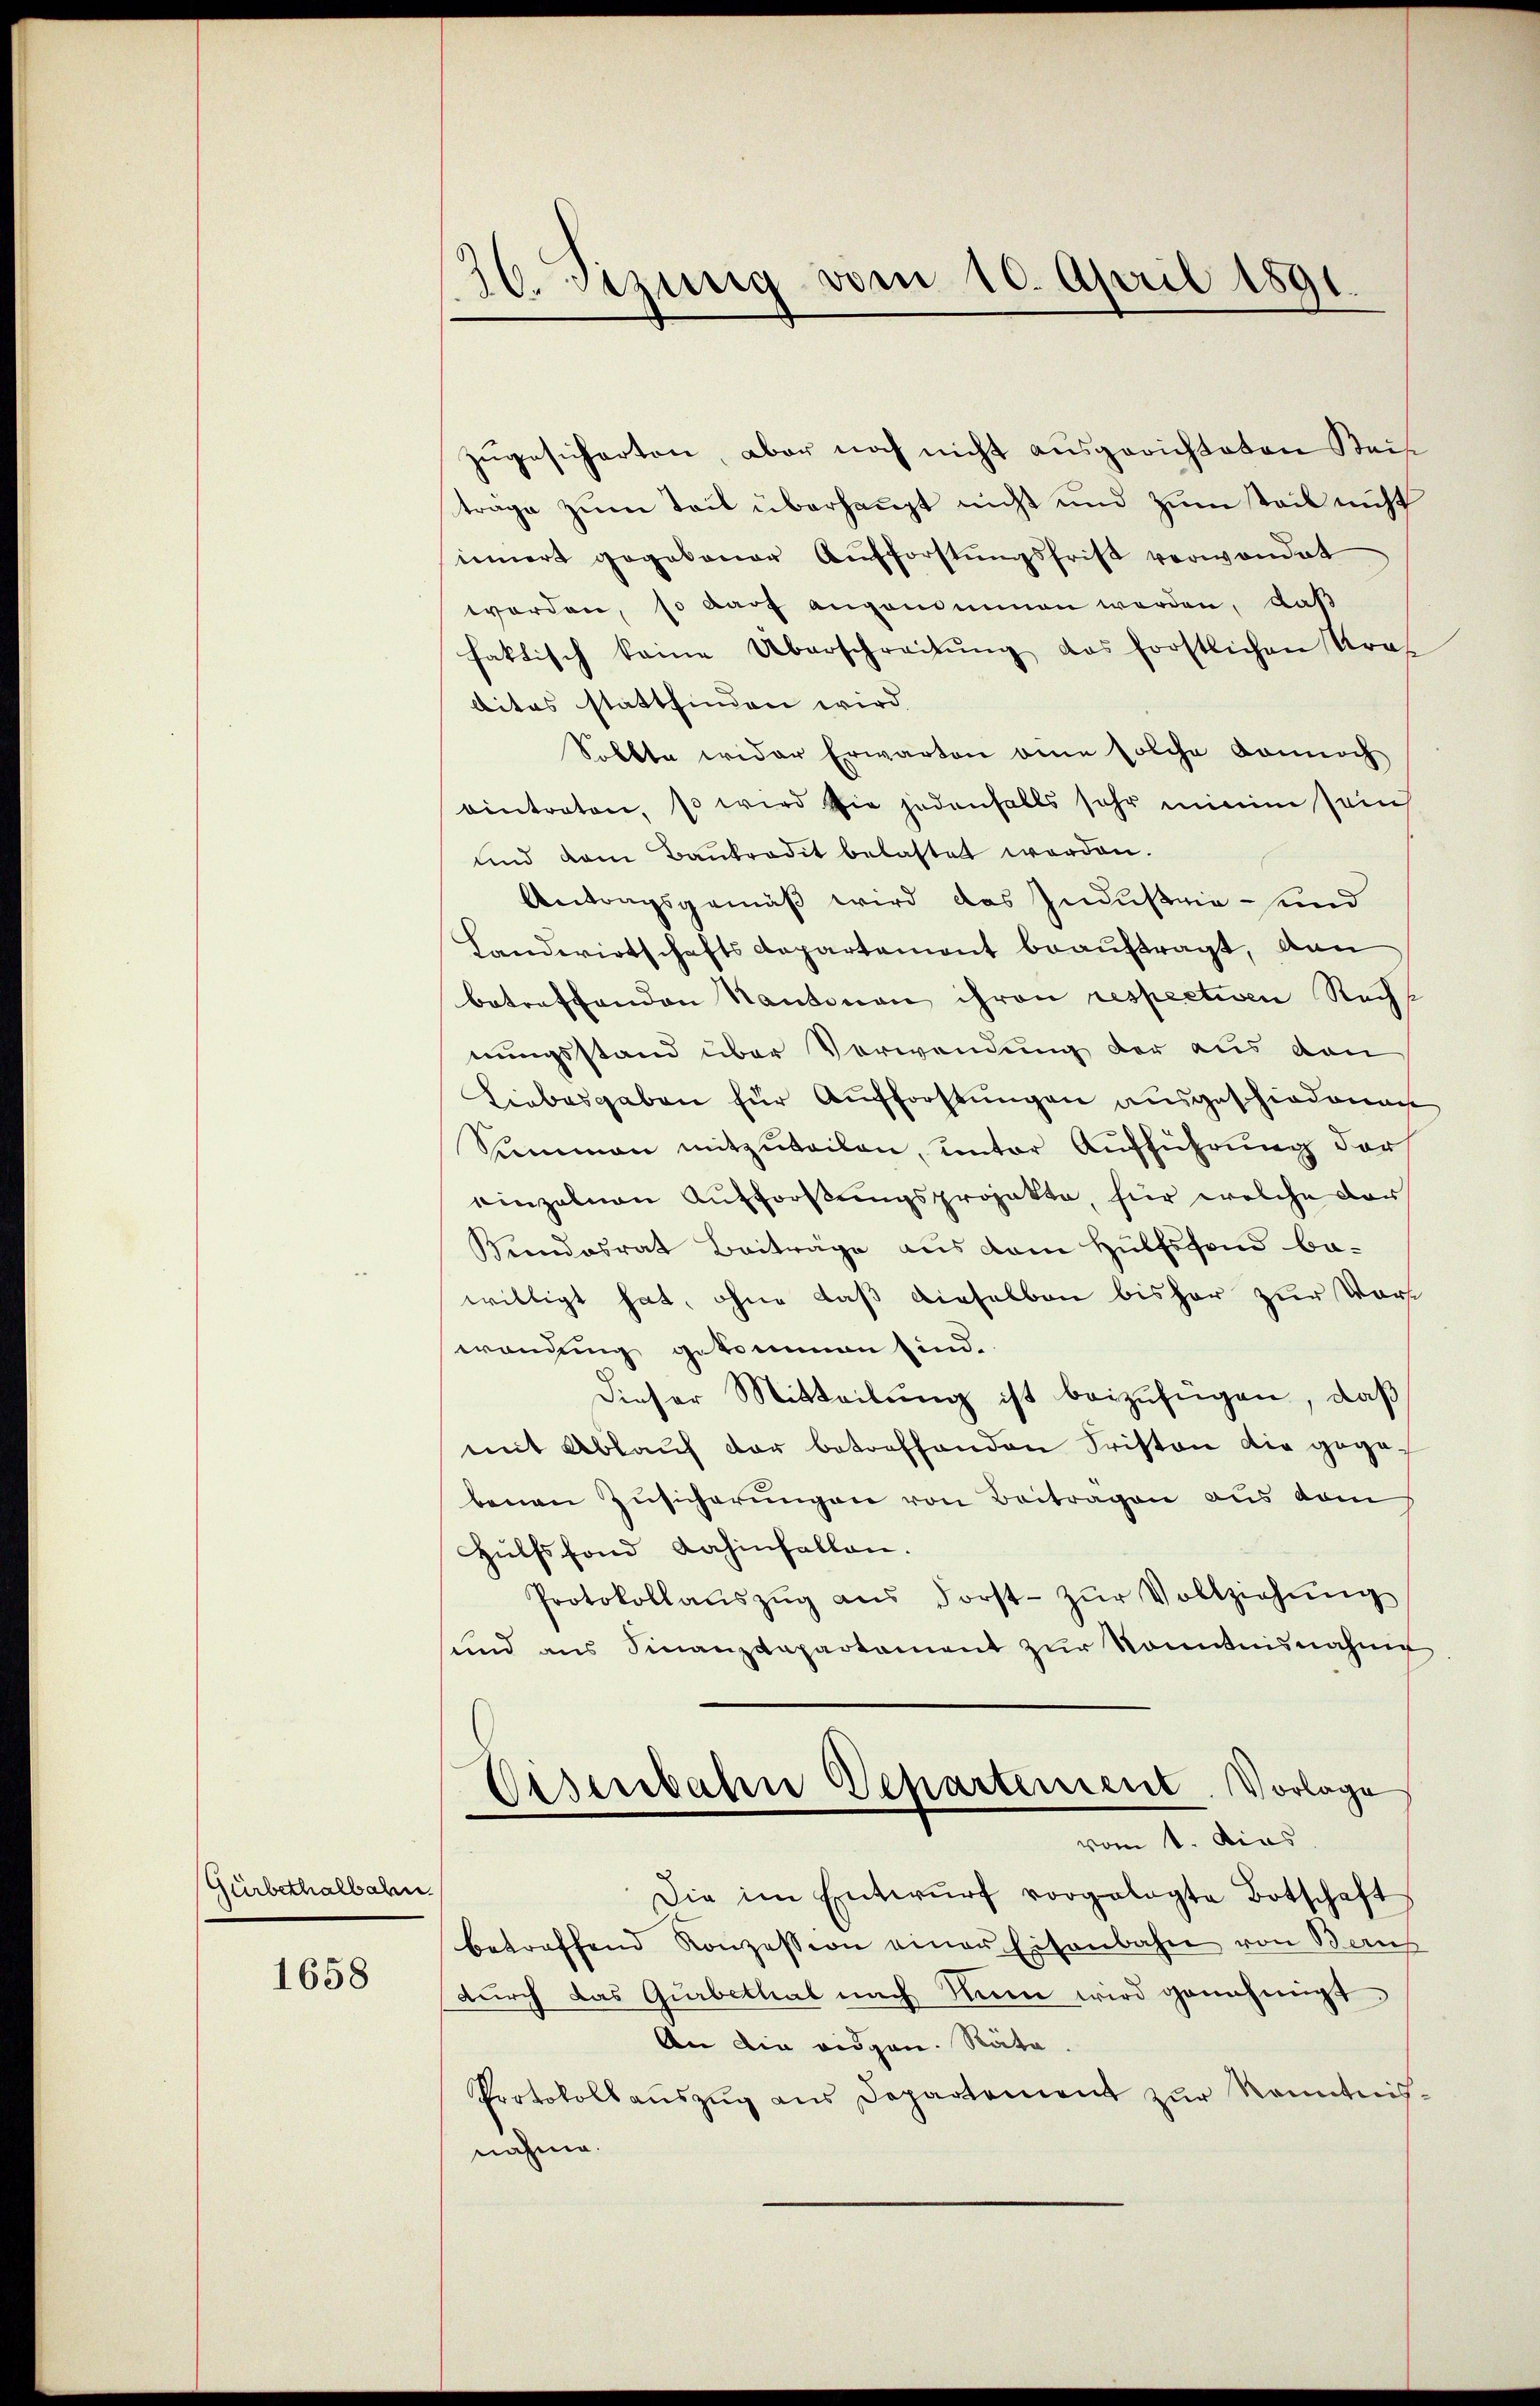
Gürbethalbahn.

1658

20. Setzung vom 10. April 1891.

zugesicherten, aber noch nicht ausgerichteten Reise
träge zum Teil überhaupt nicht und zum teil nicht
innert gegebener Aufforstungsfrist verwandet
worden, so darf angenommen werden, daß
faktisch keine Überschreibŭng das forstlichen Kraf
lites stattfinden wird.
Sollte wider Erwarten eine solche Donnoch
eintraten, so wird sie jedenfalls sehr minim sein
und dem Baŭbrodit belastet worden.
Antragsgemäß wird das Industrie- und
Landwirtschaftsdepartement beauftragt, dan
betreffenden Kantonen ihren respectiven Rechs
nungsstand über Verwendung der aus den
Liebesgaben für Aufforstungen ausgeschiedenen
Summen mitzuteilen, unter Aufführung der
einzelnen Aufforstungsprojekte, für welche der
Kundesrat Beiträge aus dem Hülfsfond ba-
willigt hat, ohne daß dieselben bisher zur Vorst
eondung gekommen sind.
dieser Mitteilŭng ist beizufügen, daß
mit Ablauf der betreffenden Fristen die gegebenen Zusicherungen von Beitragen aus vom
Hülfsfond dahinfallen.
Protokollaŭszŭg aŭs Forst- zŭr Vollziehŭng
sund aus Finanzdepartament zur Sonntnisnahme
Eisenbahn Departement. Vorlage
vom 1. Dies
Die im Entwŭrf vorgelegte Botschaft
betreffend Konzession einer Eisenbahn von Beruf
durch das Gurbethal nach Nun wird genehmigt
An die eidgen. Räte
Protokollauszug aus Departement zur Kenntnis-
nahme.